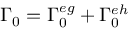
\Gamma _ { 0 } = \Gamma _ { 0 } ^ { e g } + \Gamma _ { 0 } ^ { e h }